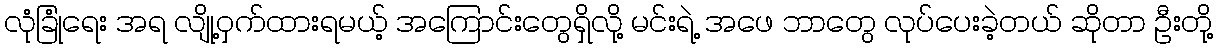
လုံခြုံရေး အရ လျို့ဝှက်ထားရမယ့် အကြောင်းတွေရှိလို့ မင်းရဲ့ အဖေ ဘာတွေ လုပ်ပေးခဲ့တယ် ဆိုတာ ဦးတို့